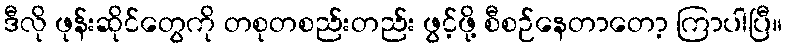
ဒီလို ဖုန်းဆိုင်တွေကို တစုတစည်းတည်း ဖွင့်ဖို့ စီစဉ်နေတာတော့ ကြာပါပြီ။